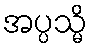
အပ္ပသ္မိ